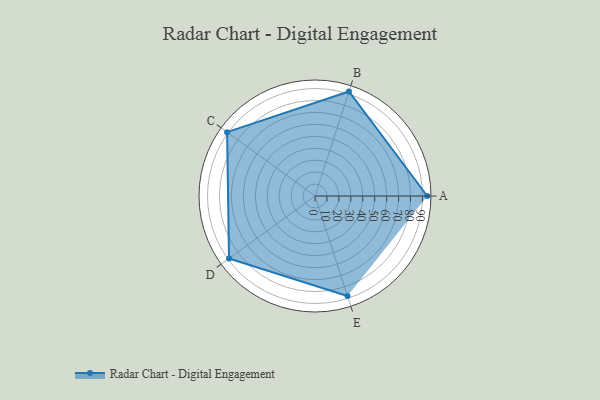
{"axis": {"x": "Skill", "y": "Score"}, "legend": ["Profile"], "data": [{"x": "A", "y": 94.0, "type": "Profile"}, {"x": "B", "y": 92.0, "type": "Profile"}, {"x": "C", "y": 91.0, "type": "Profile"}, {"x": "D", "y": 89.0, "type": "Profile"}, {"x": "E", "y": 88.0, "type": "Profile"}]}